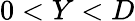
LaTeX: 0<Y<D